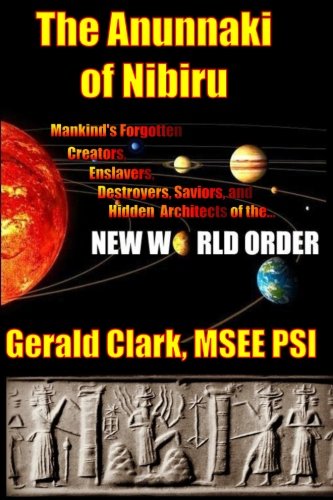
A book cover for The Anunnaki of Nibiru: Mankind's Forgotten Creators, Enslavers, Saviors, and Hidden Architects of the New World Order; Gerald R. Clark; Science & Math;